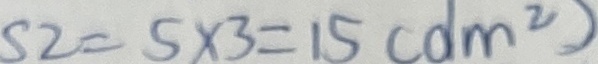
5 2 = 5 \times 3 = 1 5 ( d m ^ { 2 } )